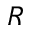
R